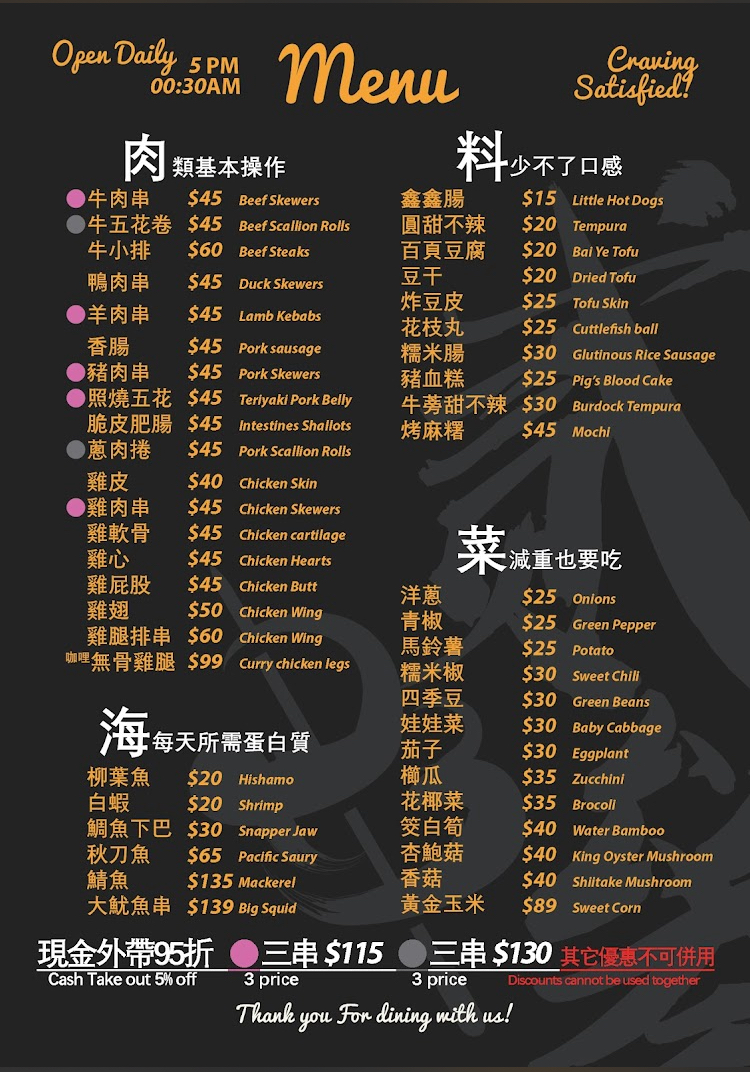
營業時間：5PM-00:30AM
菜單：
name: 牛肉串BeefSkewers
price: 45
name: 牛五花卷BeefScallionRolls
price: 45
name: 牛小排BeefSteaks
price: 60
name: 鴨肉串DuckSkewers
price: 45
name: 羊肉串LambKebabs
price: 45
name: 香腸PorkSausage
price: 45
name: 豬肉串PorkSkewers
price: 45
name: 照燒五花TeriyakiPorkBelly
price: 45
name: 脆皮肥腸Intestines
price: 45
name: 蔥肉捲PorkScallionRolls
price: 45
name: 雞皮ChickenSkin
price: 40
name: 雞肉串ChickenSkewers
price: 45
name: 雞軟骨ChickenCartilage
price: 45
name: 雞心ChickenHearts
price: 45
name: 雞屁股ChickenButt
price: 45
name: 雞翅ChickenWing
price: 50
name: 雞腿排串ChickenLegSkewers
price: 60
name: 咖哩無骨雞腿CurryBonelessChickenLeg
price: 99
name: 鑫鑫腸LittleHotDogs
price: 15
name: 圓甜不辣Tempura
price: 20
name: 百頁豆腐BaiYeTofu
price: 20
name: 豆干DriedTofu
price: 20
name: 炸豆皮TofuSkin
price: 25
name: 花枝丸CuttlefishBall
price: 25
name: 糯米腸GlutinousRiceSausage
price: 30
name: 豬血糕Pig'sBloodCake
price: 25
name: 牛蒡甜不辣BurdockTempura
price: 30
name: 烤麻糬Mochi
price: 45
name: 柳葉魚Hishamo
price: 20
name: 白蝦Shrimp
price: 20
name: 鯛魚下巴SnapperJaw
price: 30
name: 秋刀魚PacificSaury
price: 65
name: 鯖魚Mackerel
price: 135
name: 大魷魚串BigSquid
price: 139
name: 洋蔥Onions
price: 25
name: 青椒GreenPepper
price: 25
name: 馬鈴薯Potato
price: 25
name: 糯米椒SweetChili
price: 30
name: 四季豆GreenBeans
price: 30
name: 娃娃菜BabyCabbage
price: 30
name: 茄子Eggplant
price: 30
name: 櫛瓜Zucchini
price: 35
name: 花椰菜Broccoli
price: 35
name: 筊白筍WaterBamboo
price: 40
name: 杏鮑菇KingOysterMushroom
price: 40
name: 香菇ShiitakeMushroom
price: 40
name: 黃金玉米SweetCorn
price: 89